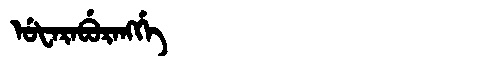
Manchu: ᡠᡶᠠᡵᠠᠪᡠᡵᠠᠩᡤᡝ
Romanization: UFARABURANGGE